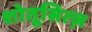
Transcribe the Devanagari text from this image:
शोतूसित्ज़